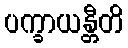
ပက္ခာယန္တီတိ